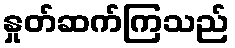
နှုတ်ဆက်ကြသည်